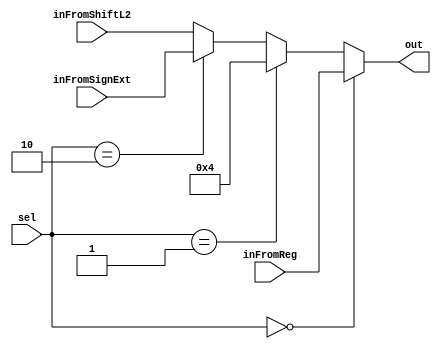
module mux_ulaB (
  input wire [1:0] sel,
  input wire [31:0] inFromReg,
  // input const 4
  input wire [31:0] inFromSignExt,
  input wire [31:0] inFromShiftL2,
  output wire [31:0] out
);

  assign out =  (sel == 0) ? inFromReg :
                (sel == 1) ? 4:
                (sel == 2) ? inFromSignExt:
                inFromShiftL2;

endmodule